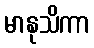
မာနုသိကာ